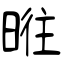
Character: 暀